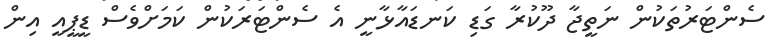
ސެންޓަރުތަކުން ނަތީޖާ ދޫކުރާ ގަޑި ކަނޑައާޅާނީ އެ ސެންޓަރަކުން ކަަމަށްވެސް ޑީޕީއީ އިން